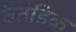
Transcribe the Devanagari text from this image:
वैतंडिक